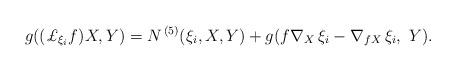
LaTeX: \begin{align*} g((\pounds_{\xi_i}{f})X,Y) &= N^{\,(5)}(\xi_i, X, Y) + g({f}\nabla_{X}\,\xi_i - \nabla_{{f} X}\,\xi_i,\ Y).\end{align*}